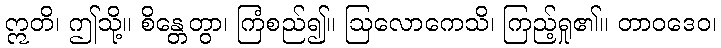
ဣတိ၊ ဤသို့။ စိန္တေတွာ၊ ကြံစည်၍။ ဩလောကေသိ၊ ကြည့်ရှု၏။ တာဝဒေဝ၊